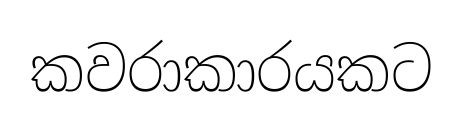
කවරාකාරයකට